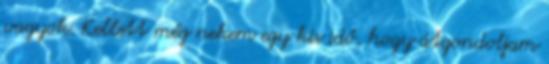
vagyok. Kellett még nekem egy kis idő, hogy átgondoljam